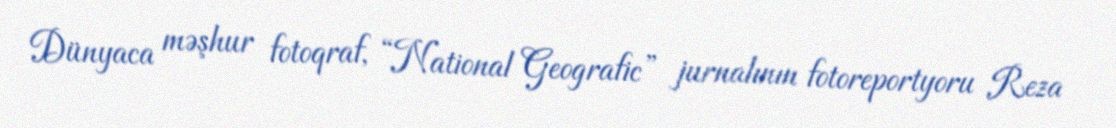
Dünyaca məşhur fotoqraf, “National Geografic” jurnalının fotoreportyoru Reza